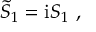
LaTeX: \tilde { S } _ { 1 } = \mathrm { i } S _ { 1 } \ ,